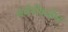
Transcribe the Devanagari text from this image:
जर्मनीकडेच